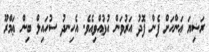
ރަޟިޔަ ޢަންހަށް ފެން ފޮދު އަރުވަން އުޅުއްވިއެވެ. އެހިނދު ސުހައިލް ބިން ޢަމްރޫ